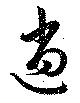
逍